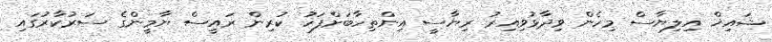
ޝައިޚް އިލިޔާސް މިހެން ވިދާޅުވިއިރު ރިޔާސީ އިންތިހާބަށްފަހު ކުރިން ރައީސް ޔާމީންގެ ސަރުކާރުގައި